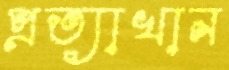
প্রত্যাখান